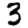
Digit: 3